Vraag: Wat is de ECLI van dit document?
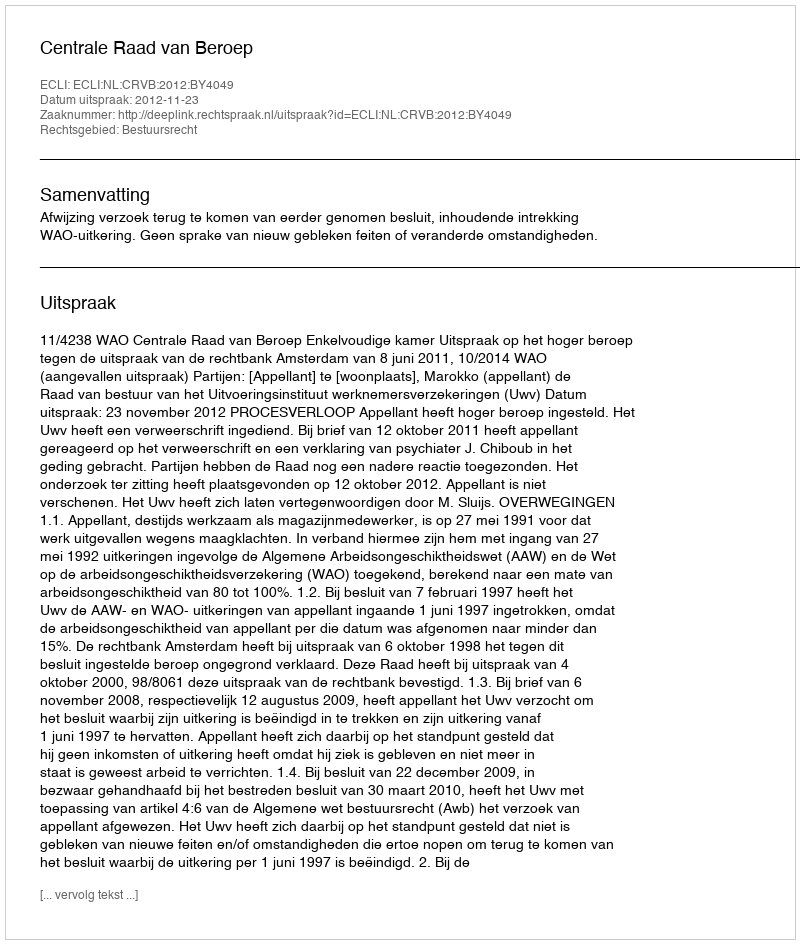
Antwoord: ECLI:NL:CRVB:2012:BY4049